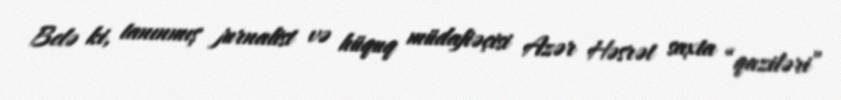
Belə ki, tanınmış jurnalist və hüquq müdafiəçisi Azər Həsrət saxta “qaziləri”